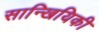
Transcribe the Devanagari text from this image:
सान्खियिकी